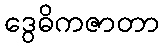
ဒွေဓိကဇာတာ